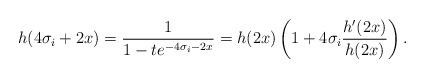
LaTeX: \begin{align*}h(4\sigma_{i}+2x)=\frac{1}{1-te^{-4\sigma_{i}-2x}}=h(2x)\left(1+4\sigma_{i}\frac{h'(2x)}{h(2x)}\right).\end{align*}